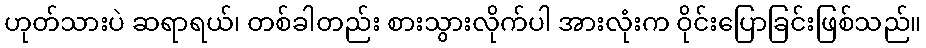
ဟုတ်သားပဲ ဆရာရယ်၊ တစ်ခါတည်း စားသွားလိုက်ပါ အားလုံးက ဝိုင်းပြောခြင်းဖြစ်သည်။